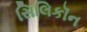
સિલિકૉન